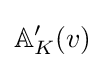
\mathbb {A} _{K}'(v)